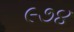
૯૭૪